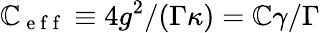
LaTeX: \mathbb{C}_{\mathrm{{~e~f~f~}}}\equiv4g^{2}/(\Gamma\kappa)=\mathbb{C}\gamma/\Gamma